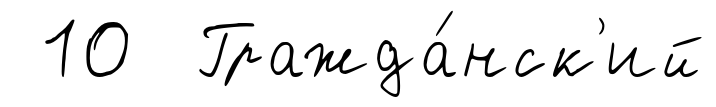
10 Гражда́нск'ий